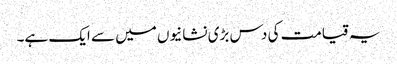
یہ قیامت کی دس بڑی نشانیوں میں سے ایک ہے۔